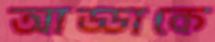
আড্ডাকে